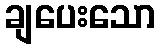
ချပေးသော